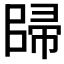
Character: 𱀠